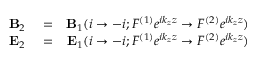
\begin{array} { r l r } { { \bf B } _ { 2 } } & { { } = } & { { \bf B } _ { 1 } ( i \rightarrow - i ; { \cal F } ^ { ( 1 ) } e ^ { i k _ { z } z } \rightarrow { \cal F } ^ { ( 2 ) } e ^ { i k _ { z } z } ) } \\ { { \bf E } _ { 2 } } & { { } = } & { { \bf E } _ { 1 } ( i \rightarrow - i ; { \cal F } ^ { ( 1 ) } e ^ { i k _ { z } z } \rightarrow { \cal F } ^ { ( 2 ) } e ^ { i k _ { z } z } ) } \end{array}